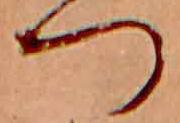
つ